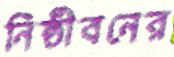
নিষ্ঠীবনের